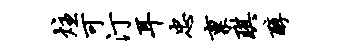
炷可汀耳忠禀琪醇